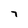
Character: 7